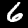
Digit: 6